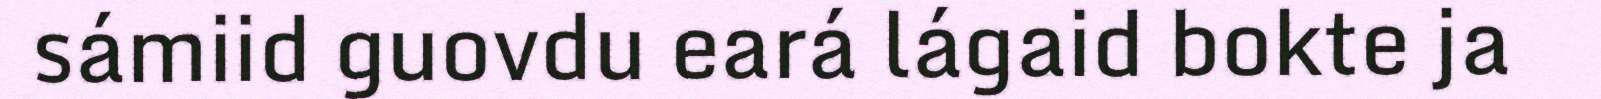
sámiid guovdu eará lágaid bokte ja